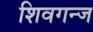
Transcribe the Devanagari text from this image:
शिवगन्ज